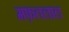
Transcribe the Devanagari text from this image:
मफ़तलाल